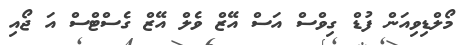
މޯލްޑިވިއަން ފުޑް ގިވްސް އަސް އޭޒް ވެލް އޭޒް ގެސްޓްސް އަ ޖޯއި